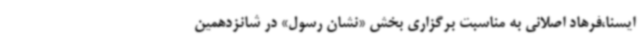
ایسنا،فرهاد اصلانی به مناسبت برگزاری بخش «نشان رسول» در شانزدهمین